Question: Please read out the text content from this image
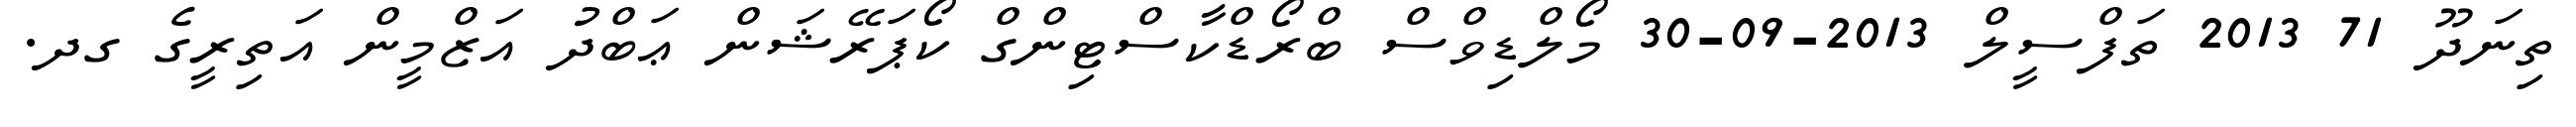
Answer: ތިނަދޫ 71 2013 ތަފްސީލް 2013-09-30 މޯލްޑިވްސް ބްރޯޑްކާސްޓިންގް ކޯޕަރޭޝަން ޢަބްދު އަޒްމީން އަތިރީގެ ގދ.